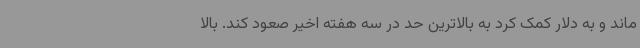
ماند و به دلار کمک کرد به بالاترین حد در سه هفته اخیر صعود کند. بالا